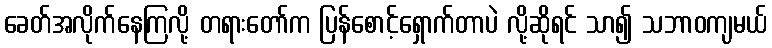
ခေတ်အလိုက်နေကြလို့ တရားတော်က ပြန်စောင့်ရှောက်တာပဲ လို့ဆိုရင် သာ၍ သဘာဝကျမယ်